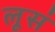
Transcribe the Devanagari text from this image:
लूसं